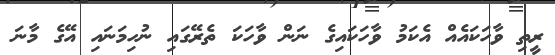
ރީތި ވާހަކައެއް އެކަމު ވާހަކައިގެ ނަަން ވާހަކަ ތެރޭގައި ނުހިމަނައި އޭގެ މާނަ